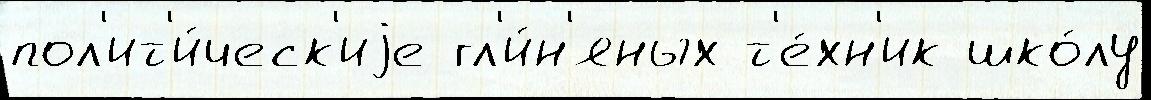
пол'ит'и́ческ'иjе гл'и́н'яных т'е́хн'ик шко́лу